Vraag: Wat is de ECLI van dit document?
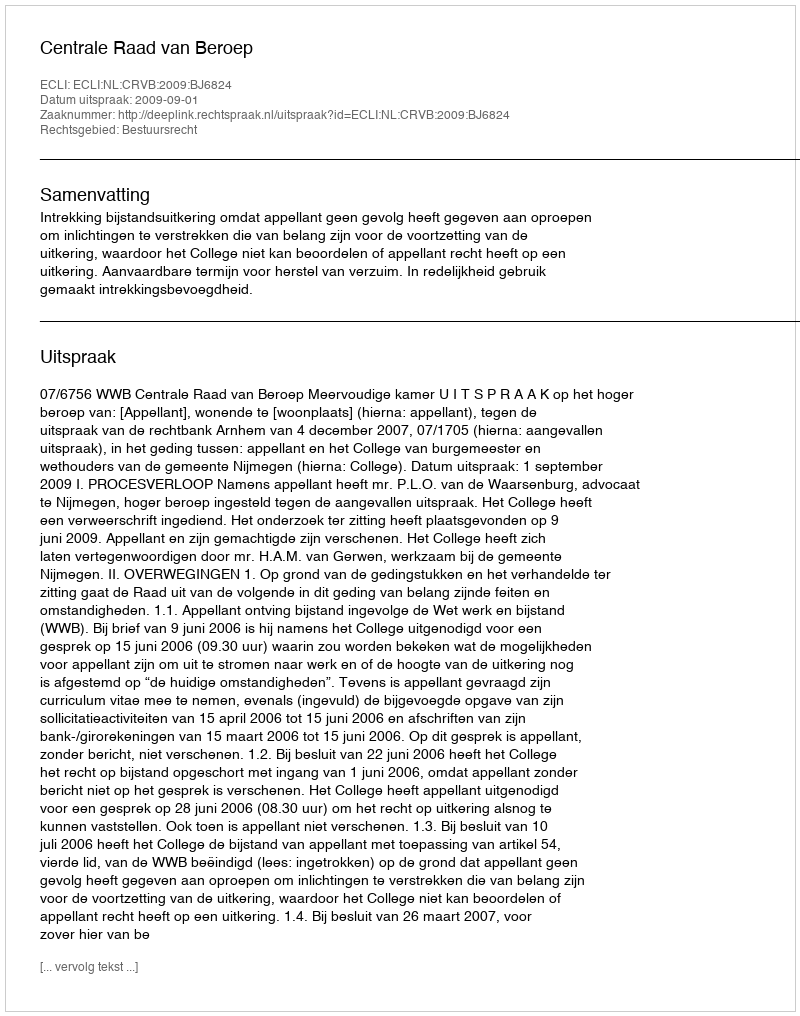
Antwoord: ECLI:NL:CRVB:2009:BJ6824